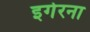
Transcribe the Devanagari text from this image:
इगेरना